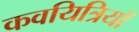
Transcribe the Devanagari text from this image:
कवयित्रियाँ